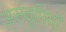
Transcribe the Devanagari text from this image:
असंतृप्तियाँ